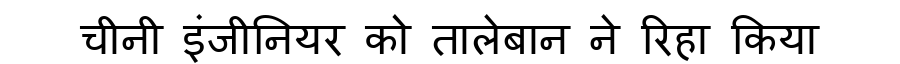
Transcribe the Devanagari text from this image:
चीनी इंजीनियर को तालेबान ने रिहा किया